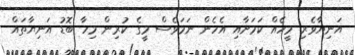
އަނިޔާވެރި މީހެއް ކަމަށާއި އެހެން ނަމަވެސް މީގެ ކުރިން މިހާ ބޮޑު އަނިޔާތައް